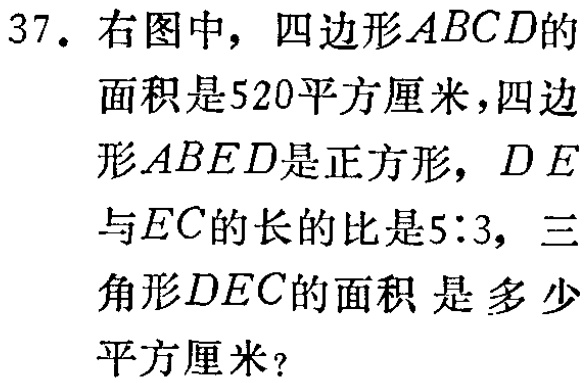
37. 右图中，四边形\(ABCD\)的面积是520平方厘米，四边形\(ABED\)是正方形，\(DE\)与\(EC\)的长的比是\(5:3\)，三角形\(DEC\)的面积 是多少平方厘米？